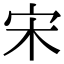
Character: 宋